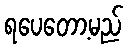
ရပေတော့မည်